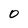
Character: 0